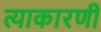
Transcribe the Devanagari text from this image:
त्याकारणी